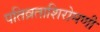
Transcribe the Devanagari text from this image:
पतिव्रताशिरोमणी